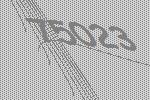
75023